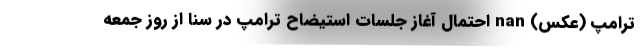
ترامپ (عکس) nan احتمال آغاز جلسات استیضاح ترامپ در سنا از روز جمعه